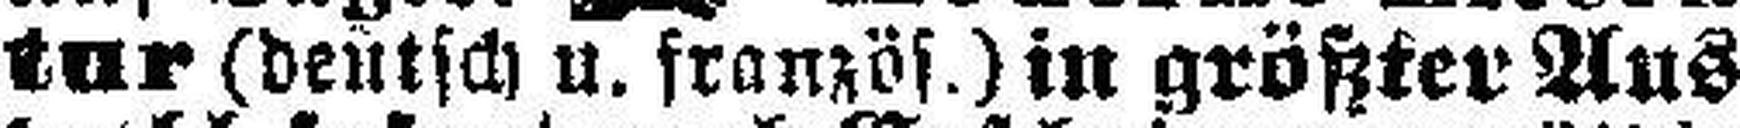
tur (deutsch u. französ.) in größter Aus¬